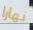
نهارا